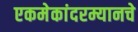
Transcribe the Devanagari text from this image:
एकमेकांदरम्यानचे